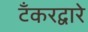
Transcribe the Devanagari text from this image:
टँकरद्वारे